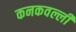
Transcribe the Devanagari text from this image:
कनकवल्ली